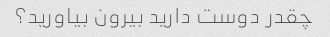
چقدر دوست دارید بیرون بیاورید؟